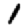
Digit: 1